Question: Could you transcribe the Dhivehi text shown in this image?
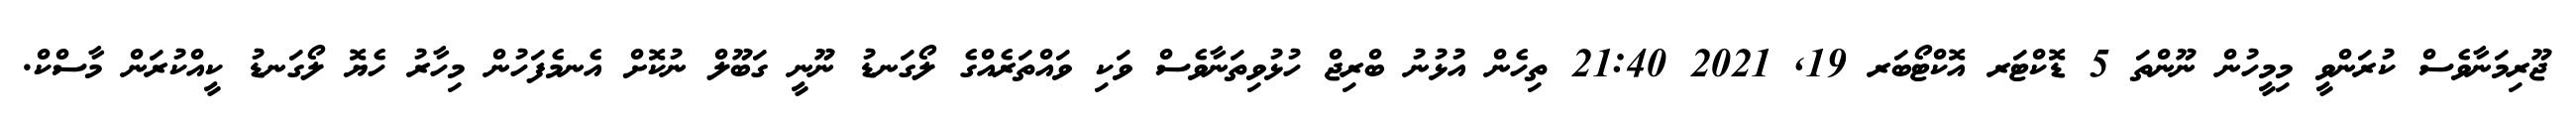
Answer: ޖޫރިމަނާވެސް ކުރަންވީ މިމީހުން ނޫންތަ 5 ޑޮކްޓަރ އޮކްޓޯބަރ 19, 2021 21:40 ތިހެން އުޅުނު ބްރިޖް ހުޅުވިތަނާވެސް ވަކި ވައްތަރެއްގެ ލޯގަނޑު ނޫނީ ގަބޫލް ނުކޮށް އެނމެފަހުން މިހާރު ހެޔޮ ލޯގަނޑު ކީއްކުރަން މާސްކް.